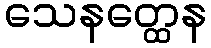
သေနတ္ထေန